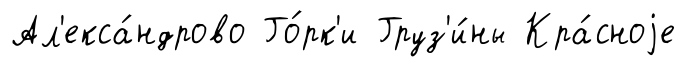
Ал'екса́ндрово Го́рк'и Груз'и́ны Кра́сноjе